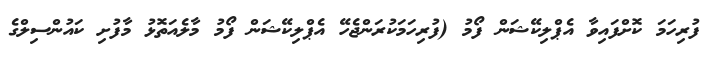
ފުރިހަމަ ކޮށްފައިވާ އެޕްލިކޭޝަން ފޯމު (ފުރިހަމަކުރަންޖެހޭ އެޕްލިކޭޝަން ފޯމު މާލެއަތޮޅު މާފުށި ކައުންސިލްގެ